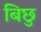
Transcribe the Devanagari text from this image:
बिछु